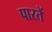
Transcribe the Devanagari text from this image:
पारतें